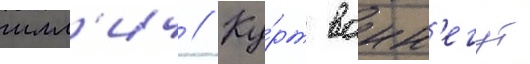
илл'ич // Ку́рт вонн'егут